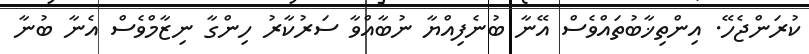
ކުރަންޖެހޭ. އިންތިޚާބުތައްވެސް އޭނާ ބުނެފިއްޔާ ނުބާއްވާ ސަރުކާރު ހިންގާ ނިޒާމްވެސް އެނާ ބުނާ